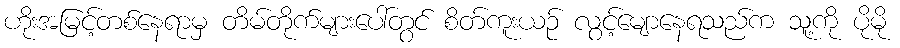
ဟိုးအမြင့်တစ်နေရာမှ တိမ်တိုက်များပေါ်တွင် စိတ်ကူးယဉ် လွင့်မျောနေရသည်က သူ့ကို ပိုမို